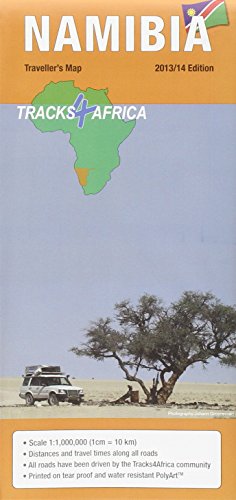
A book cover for ROAD MAP OF NAMIBIA; tracks4africa; Travel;